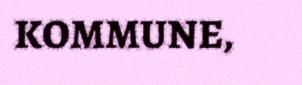
KOMMUNE,